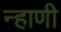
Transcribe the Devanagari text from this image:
न्हाणी